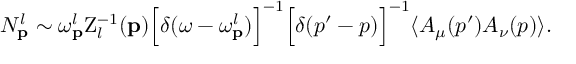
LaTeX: N _ { { \bf p } } ^ { l } \sim \omega _ { { \bf p } } ^ { l } \mathrm { Z } _ { l } ^ { - 1 } ( { \bf p } ) \Bigl [ \delta ( \omega - \omega _ { { \bf p } } ^ { l } ) \Bigr ] ^ { - 1 } \Bigl [ \delta ( p ^ { \prime } - p ) \Bigr ] ^ { - 1 } \langle A _ { \mu } ( p ^ { \prime } ) A _ { \nu } ( p ) \rangle .